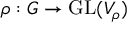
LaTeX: \rho : G \to { \mathrm { G L } } ( V _ { \rho } )